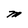
Character: M